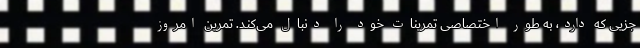
جزیی که دارد، به طور اختصاصی تمرینات خود را دنبال می‌کند. تمرین امروز